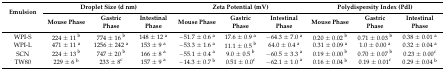
<table><thead><tr><td rowspan="2"><b>Emulsion</b></td><td colspan="3"><b>Droplet Size (d nm)</b></td><td colspan="3"><b>Zeta Potential (mV)</b></td><td colspan="3"><b>Polydispersity Index (PdI)</b></td></tr><tr><td><b>Mouse Phase</b></td><td><b>Gastric Phase</b></td><td><b>Intestinal Phase</b></td><td><b>Mouse Phase</b></td><td><b>Gastric Phase</b></td><td><b>Intestinal Phase</b></td><td><b>Mouse Phase</b></td><td><b>Gastric Phase</b></td><td><b>Intestinal Phase</b></td></tr></thead><tbody><tr><td>WPI-S</td><td>224 ± 11 <sup>b</sup></td><td>774 ± 16 <sup>b</sup></td><td>148 ± 12 <sup>a</sup></td><td>−51.7 ± 0.6 <sup>a</sup></td><td>17.6 ± 0.9 <sup>a</sup></td><td>−64.3 ± 7.0 <sup>a</sup></td><td>0.20 ± 0.02 <sup>b</sup></td><td>0.71 ± 0.03 <sup>b</sup></td><td>0.38 ± 0.01 <sup>a</sup></td></tr><tr><td>WPI-L</td><td>471 ± 11 <sup>a</sup></td><td>1256 ± 242 <sup>a</sup></td><td>153 ± 9 <sup>a</sup></td><td>−53.3 ± 1.6 <sup>a</sup></td><td>11.1 ± 0.5 <sup>b</sup></td><td>64.0 ± 0.4 <sup>a</sup></td><td>0.31 ± 0.09 <sup>a</sup></td><td>1.0 ± 0.00 <sup>a</sup></td><td>0.32 ± 0.04 <sup>a</sup></td></tr><tr><td>SCN</td><td>224 ± 13 <sup>b</sup></td><td>747 ± 20 <sup>b</sup></td><td>166 ± 8 <sup>a</sup></td><td>−55.1 ± 0.4 <sup>a</sup></td><td>9.0 ± 0.5 <sup>b</sup></td><td>−60.5 ± 3.3 <sup>a</sup></td><td>0.19 ± 0.00 <sup>b</sup></td><td>0.70 ± 0.07 <sup>b</sup></td><td>0.23 ± 0.00<sup>c</sup></td></tr><tr><td>TW80</td><td>229 ± 6 <sup>b</sup></td><td>233 ± 8<sup>c</sup></td><td>157 ± 9 <sup>a</sup></td><td>−14.3 ± 0.7 <sup>b</sup></td><td>0.51 ± 0.0<sup>c</sup></td><td>−62.1 ± 1.0 <sup>a</sup></td><td>0.16 ± 0.04 <sup>b</sup></td><td>0.19 ± 0.01<sup>c</sup></td><td>0.29 ± 0.04 <sup>b</sup></td></tr></tbody></table>